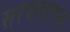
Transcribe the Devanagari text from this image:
सरचनात्मक